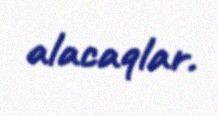
alacaqlar.